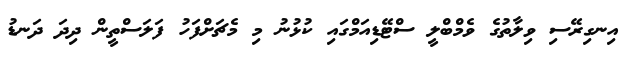
އިނގިރޭސި ވިލާތުގެ ވެމްބްލީ ސްޓޭޑިއަމްގައި ކުޅުނު މި މެޗަށްފަހު ފަލަސްތީން ދިދަ ދަނޑު